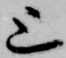
上